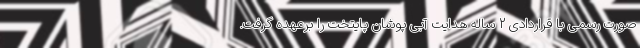
صورت رسمی با قراردادی 2 ساله هدایت آبی پوشان پایتخت را برعهده گرفت.